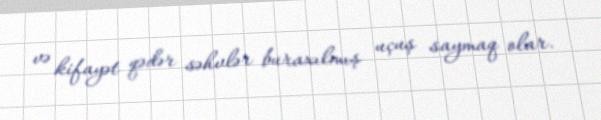
və kifayət qədər səhvlər buraxılmış uçuş saymaq olar.